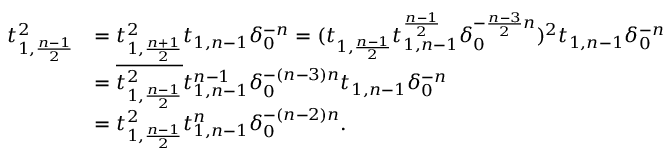
\begin{array} { r l } { t _ { 1 , \frac { n - 1 } { 2 } } ^ { 2 } } & { = \underline { { t _ { 1 , \frac { n + 1 } { 2 } } ^ { 2 } } } t _ { 1 , n - 1 } \delta _ { 0 } ^ { - n } = ( t _ { 1 , \frac { n - 1 } { 2 } } t _ { 1 , n - 1 } ^ { \frac { n - 1 } { 2 } } \delta _ { 0 } ^ { - \frac { n - 3 } { 2 } n } ) ^ { 2 } t _ { 1 , n - 1 } \delta _ { 0 } ^ { - n } } \\ & { = t _ { 1 , \frac { n - 1 } { 2 } } ^ { 2 } t _ { 1 , n - 1 } ^ { n - 1 } \delta _ { 0 } ^ { - ( n - 3 ) n } t _ { 1 , n - 1 } \delta _ { 0 } ^ { - n } } \\ & { = t _ { 1 , \frac { n - 1 } { 2 } } ^ { 2 } t _ { 1 , n - 1 } ^ { n } \delta _ { 0 } ^ { - ( n - 2 ) n } . } \end{array}